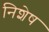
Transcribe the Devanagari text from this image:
निशेष